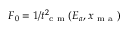
F _ { 0 } = 1 / t _ { \mathrm { ~ c ~ m ~ } } ^ { 2 } ( E _ { a } , x _ { \mathrm { ~ m ~ a ~ } } )